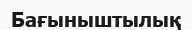
Бағыныштылық